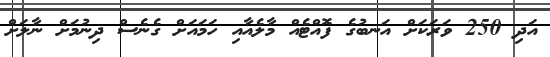
އަދި 250 ވަރަކަށް އަނބުގެ ފޮއްޓެއް މާލެއާއި ހަމައަށް ގެނެސް ދިނުމަށް ނާލަށް